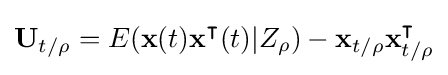
\mathbf {U} _{t/\rho }=E(\mathbf {x} (t)\mathbf {x} ^{\intercal }(t)|Z_{\rho })-\mathbf {x} _{t/\rho }\mathbf {x} _{t/\rho }^{\intercal }